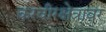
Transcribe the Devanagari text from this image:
करवीरक्षेत्रावर